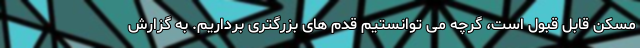
مسکن قابل قبول است، گرچه می توانستیم قدم های بزرگتری برداریم. به گزارش